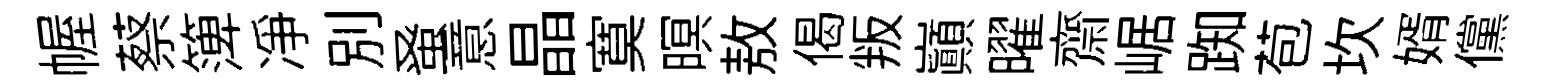
幄蔡𥱼凈别𫊫意晶寞暝敖偈叛巔曜齋崌踟苞坎婿儻